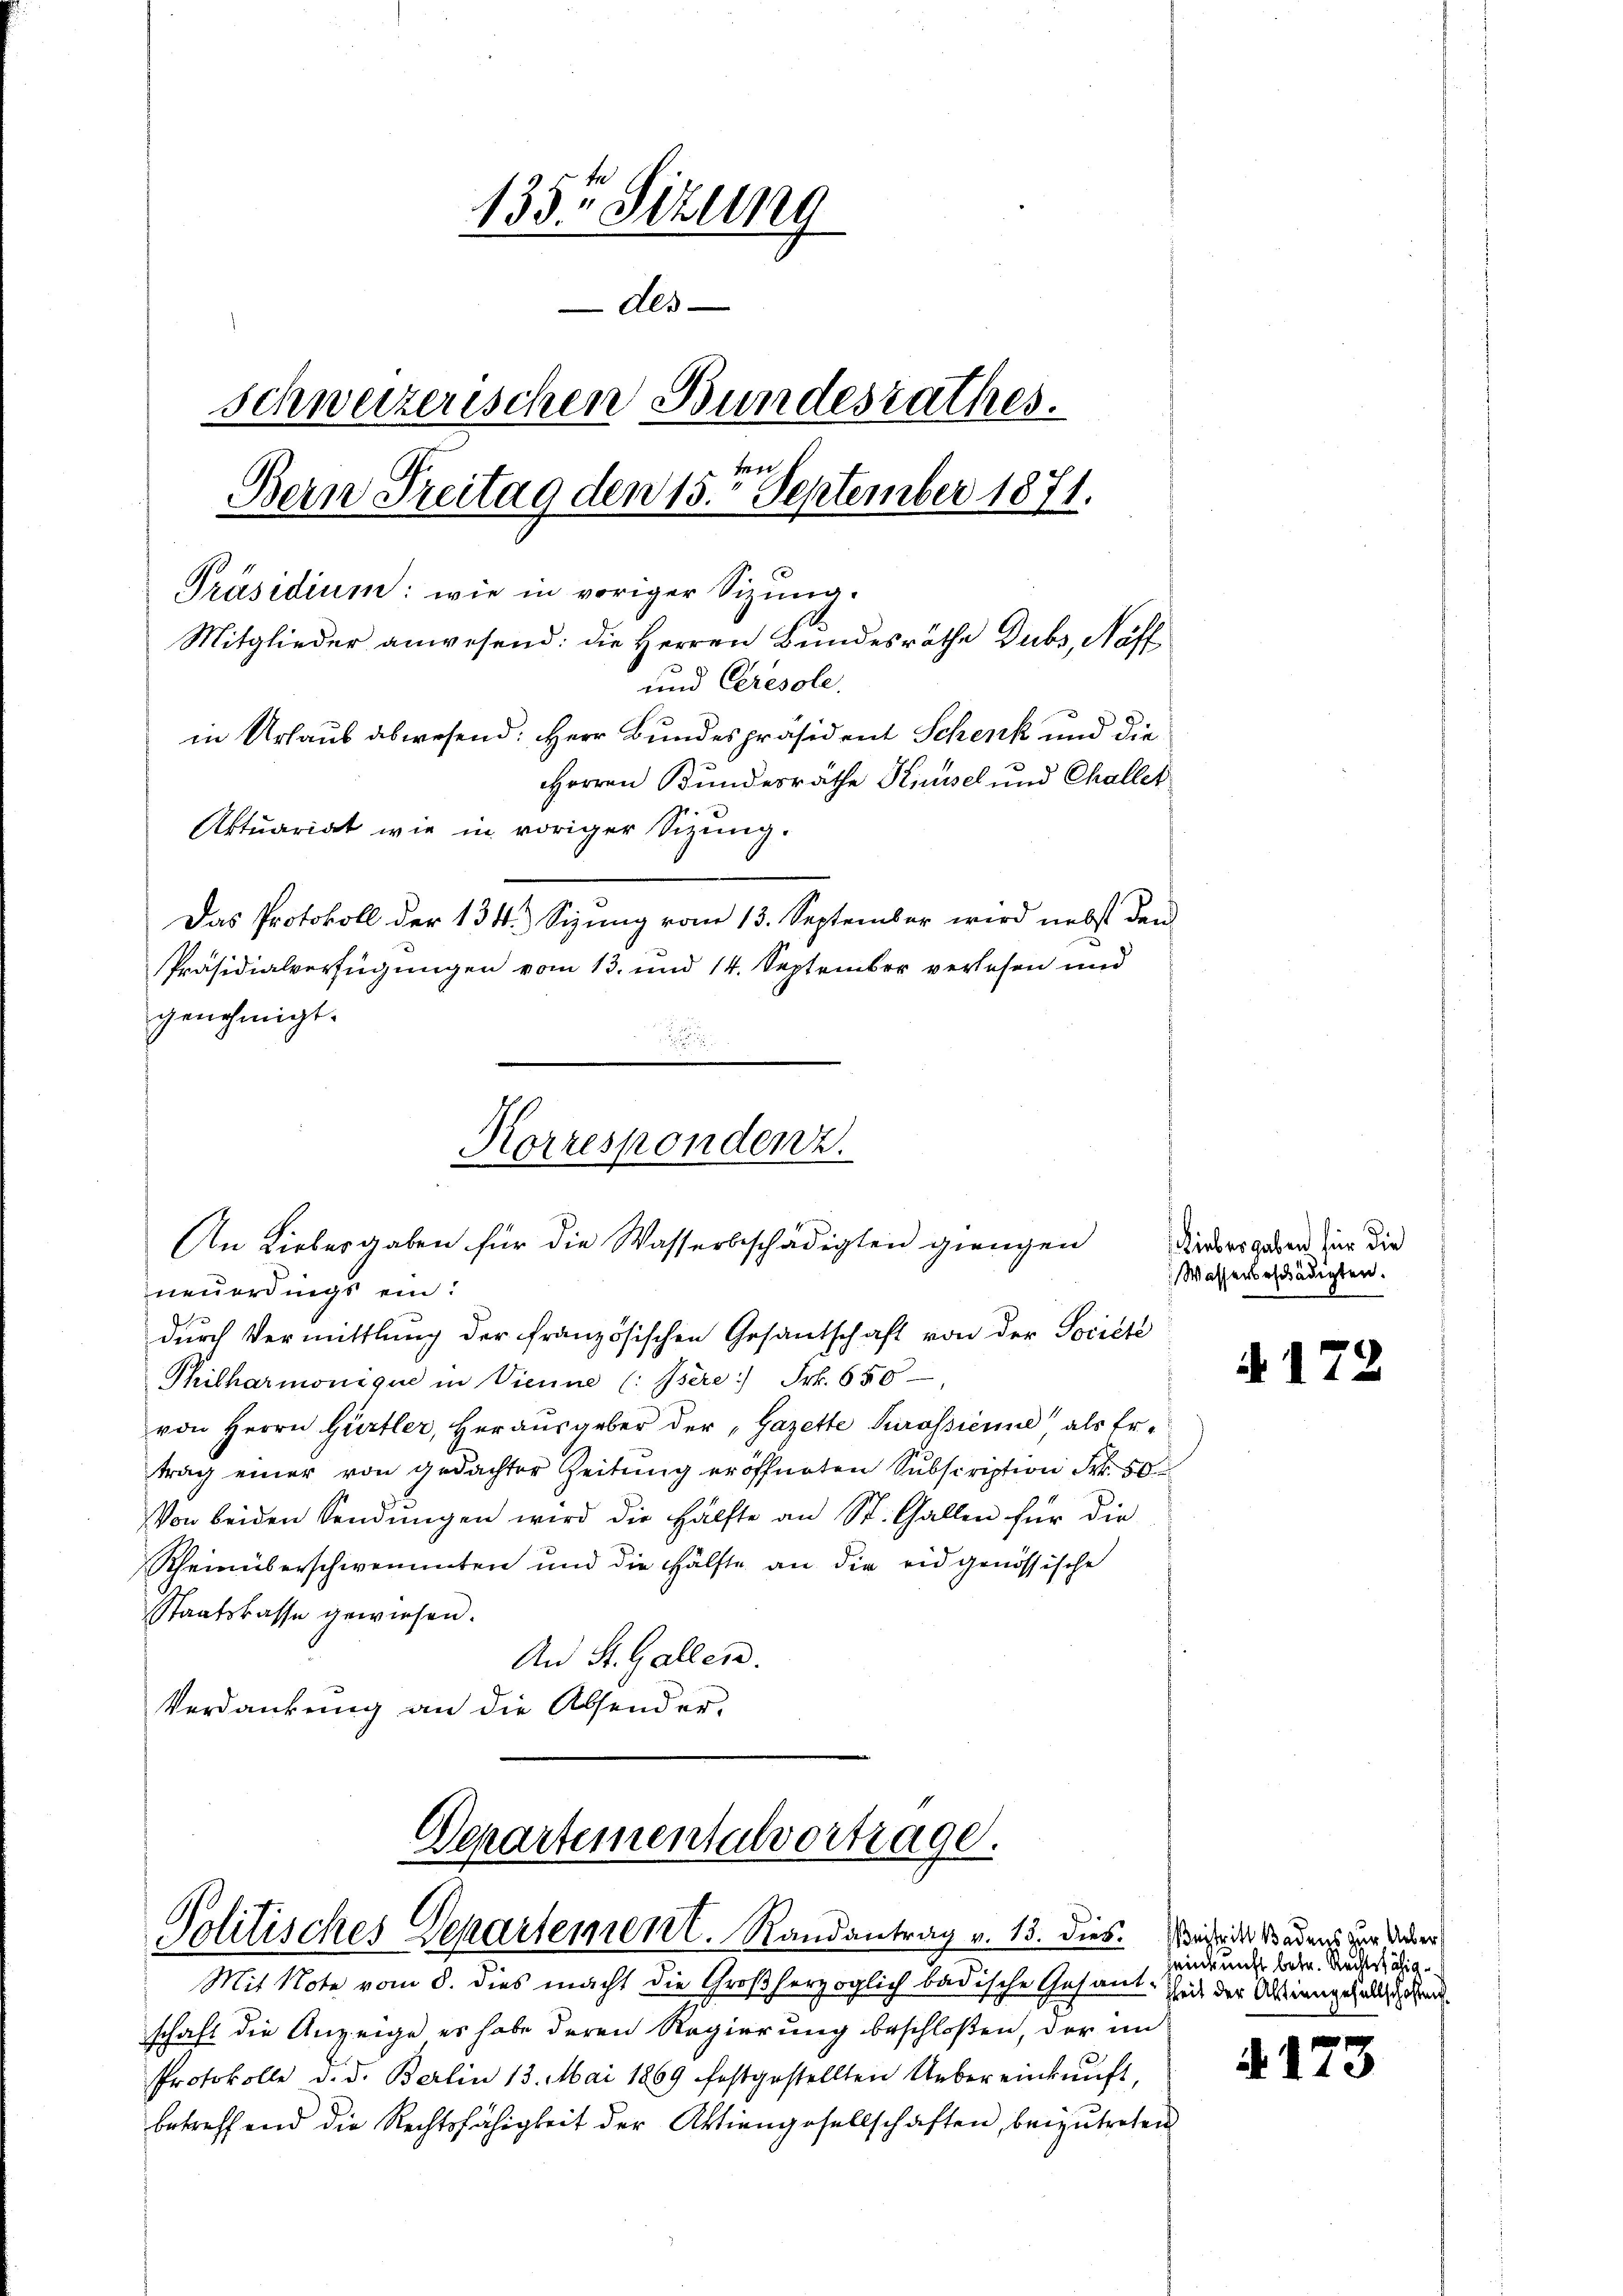
1355 Sizung
Als
schweizerischen Bundesrathes.
ten
Bern Treitag den 15. September 1871.
Präsidium: wie in voriger Sizung.
Mitglieder anwesend: die Herren Bundesräthe Dubs, Nöff¬
und Ceresole
in Urlaus abwesend: Herr Bundespräsident Schenk und die
HHerren Bundesräthe Knüsel und Challet
Aktuariat wie in voriger Sizung.
Das Protokoll der 134.) Sizung vom 13. September wird nebst den
PPräsidialverfügungen vom 13. und 14. September verlesen und
genehmigt.
.

Korrespondenz.
An Liebergaben für die Wasserbeschädigten giengen

neuerdings ein!
durch Vermittlung der französischen Gesandschaft von der Société
Philharmonique in Vienne (: Isere :/ Frk. 650
von Herrn Gürtler, Herausgeber der „Gazette Jurassienne als Ertrag einer von gedachter Zeitung eröffneten Subscription Frk. 50
Von beiden Sendungen wird die Hälfte an St. Gallen für die
Rheinüberschwemmten und die Hälfte an die eidgenössische
Staatskasse gewiesen.
An St. Gallen.
Verdankung an die Absender,

Departementalvertrage.
Politisches Departement. Randantrag v. 13. dies. Daseine Badens der Ander

Mit Note vom 8. dies macht die Großherzoglich badische Gesant-Zeit der Aktiengehaltschehen
schaft die Anzeige es habe deren Regierung beschloßen, der un
Protokolle d. d. Berlin 13. Mai 1869 festgestellten Uebereinkunft,
betreffend die Rechtsfähigkeit der Aktiengesellschaften, beizutreten

Liebergaben für die
Wasserbeschädigten.

a. 17

einkunft betr. Rechtsfähig

i

73